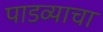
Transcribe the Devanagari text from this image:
पाडव्याचा